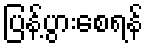
ပြန့်ပွားစေရန်